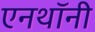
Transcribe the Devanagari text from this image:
एनथॉनी